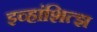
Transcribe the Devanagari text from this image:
इव्हांशित्झ